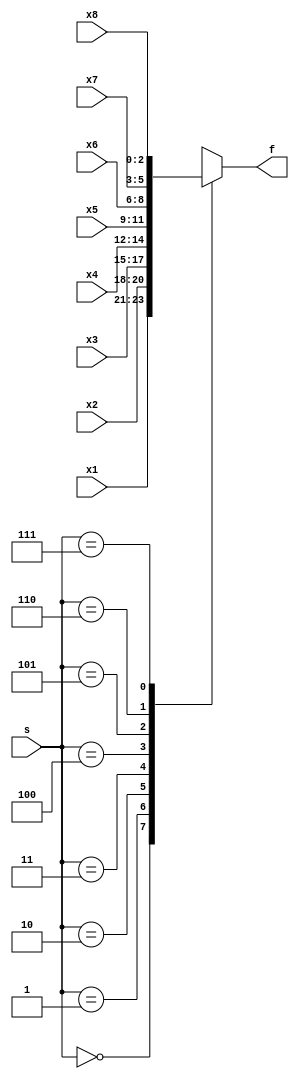
module mux_8to1 (
  input  [2:0] x1, x2, x3, x4, x5, x6, x7, x8,

  // as there are 8 inputs we need log_2(8) = 3 select bits:
  input  [2:0] s,

  output reg [2:0] f
);

  always @* begin

    case (s)
      3'b000: f = x1;
      3'b001: f = x2;
      3'b010: f = x3;
      3'b011: f = x4;
      3'b100: f = x5;
      3'b101: f = x6;
      3'b110: f = x7;
      3'b111: f = x8;
    endcase

  end
endmodule